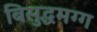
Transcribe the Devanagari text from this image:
बिसुद्धमग्ग